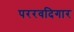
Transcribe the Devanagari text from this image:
पररवदिगार